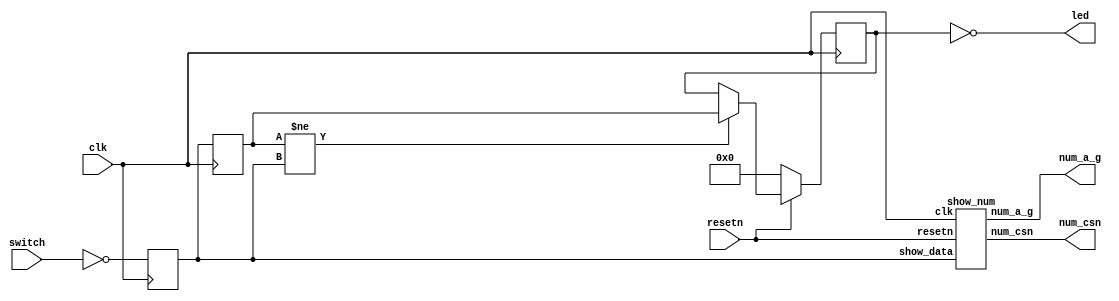

module show_sw (
    input             clk,          
    input             resetn,     

    input      [3 :0] switch,    //input

    output     [7 :0] num_csn,   //new value   
    output     [6 :0] num_a_g,      

    output     [3 :0] led        //previous value
);
    //1. get switch data
    //2. show switch data in digital number:
    //   only show 0~9
    //   if >=10, digital number keep old data.
    //3. show previous switch data in led.
    //   can show any switch data.

    reg [3:0] show_data;
    reg [3:0] show_data_r;
    reg [3:0] prev_data;

    //new value
    always @(posedge clk)
    begin
        show_data  <= ~switch;
    end

    always @(posedge clk)
    begin
        show_data_r <= show_data;
    end
    //previous value
    always @(posedge clk)
    begin
        if (!resetn)
        begin
            prev_data <= 4'd0;
        end
        else if (show_data_r != show_data)
        begin
            prev_data <= show_data_r;
        end
    end

    //show led: previous value
    assign led = ~prev_data;

    //show number: new value
    show_num u_show_num(
            .clk        (clk      ),
            .resetn     (resetn   ),
            
            .show_data  (show_data),
            .num_csn    (num_csn  ),
            .num_a_g    (num_a_g  )
    );

endmodule

//---------------------------{digital number}begin-----------------------//
module show_num (
    input             clk,          
    input             resetn,     

    input      [3 :0] show_data,
    output     [7 :0] num_csn,      
    output reg [6 :0] num_a_g      
);
    //digital number display
    assign num_csn = 8'b0111_1111;

    wire [6:0] nxt_a_g;

    always @(posedge clk)
    begin
        if (!resetn)
        begin
            num_a_g <= 7'b0000000;
        end
        else
        begin
            num_a_g <= nxt_a_g;
        end
    end

    // //keep unchange if show_data>=10
    // wire [6:0] keep_a_g;
    // assign     keep_a_g = num_a_g + nxt_a_g;

    assign nxt_a_g = show_data==4'd0 ? 7'b1111110 :   //0
                     show_data==4'd1 ? 7'b0110000 :   //1
                     show_data==4'd2 ? 7'b1101101 :   //2
                     show_data==4'd3 ? 7'b1111001 :   //3
                     show_data==4'd4 ? 7'b0110011 :   //4
                     show_data==4'd5 ? 7'b1011011 :   //5
                     show_data==4'd6 ? 7'b1011111 :   //6
                     show_data==4'd7 ? 7'b1110000 :   //7
                     show_data==4'd8 ? 7'b1111111 :   //8
                     show_data==4'd9 ? 7'b1111011 :   //9
                                       num_a_g    ;
endmodule
//----------------------------{digital number}end------------------------//